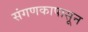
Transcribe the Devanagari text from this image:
संगणकापासून